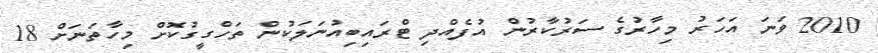
2010 ވަނަ އަހަރު މިހާރުގެ ސަރުކާރުން އުފެއްދި ޓްރައިބިއުނަލަކުން ތަހްގީގުކޮށް މިހާތަނަށް 18